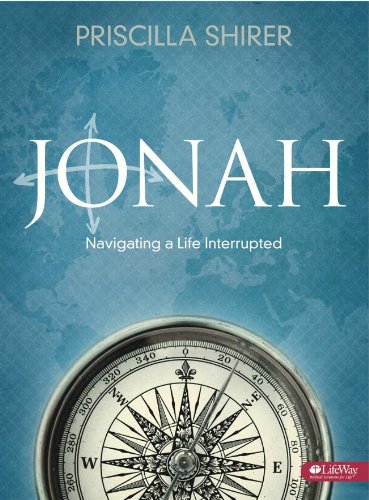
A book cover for Jonah: Navigating a Life Interrupted (Bible Study Book); Priscilla Shirer; Christian Books & Bibles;